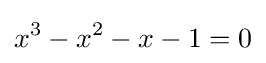
x^{3}-x^{2}-x-1=0